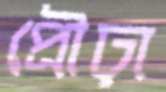
প্রৌঢ়া